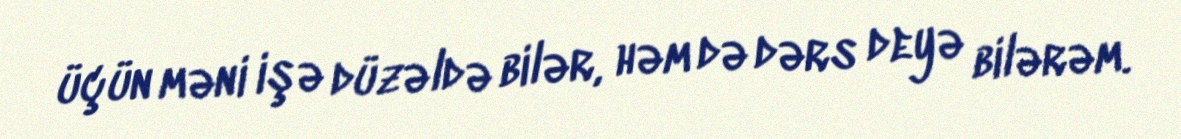
üçün məni işə düzəldə bilər, həm də dərs deyə bilərəm.